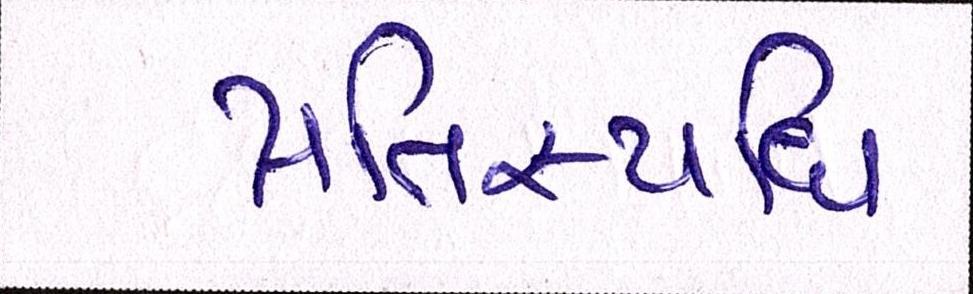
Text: પ્રતિસ્પધિ